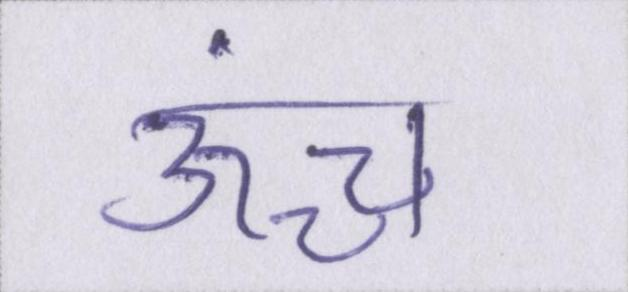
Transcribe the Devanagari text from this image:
ऊंच्च